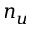
n _ { u }